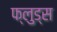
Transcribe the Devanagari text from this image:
फ्लुड्स